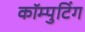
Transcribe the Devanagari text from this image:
कॉम्पुटिंग